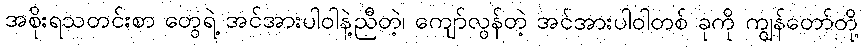
အစိုးရသတင်းစာ တွေရဲ့ အင်အားပါဝါနဲ့ညီတဲ့၊ ကျော်လွန်တဲ့ အင်အားပါဝါတစ် ခုကို ကျွန်တော်တို့